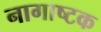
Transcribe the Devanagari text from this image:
नागाष्टक